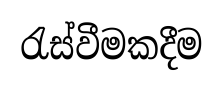
රැස්වීමකදීම